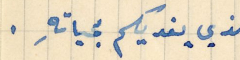
للذي يفديكم بحياتهِ.